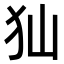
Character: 𤜬